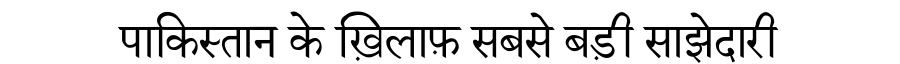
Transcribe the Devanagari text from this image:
पाकिस्तान के ख़िलाफ़ सबसे बड़ी साझेदारी